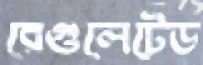
রেগুলেটেড